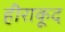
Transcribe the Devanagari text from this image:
हीराकूद